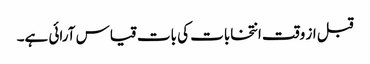
قبل از وقت انتخابات کی بات قیاس آرائی ہے۔